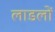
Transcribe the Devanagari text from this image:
लाडलों